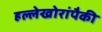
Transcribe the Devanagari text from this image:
हल्लेखोरांपैकी